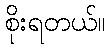
စိုးရတယ်။